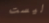
ليست